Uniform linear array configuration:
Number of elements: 64
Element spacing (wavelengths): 0.5
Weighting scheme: hann
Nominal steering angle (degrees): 45
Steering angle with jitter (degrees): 46.922
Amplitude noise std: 0.05
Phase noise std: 0.05

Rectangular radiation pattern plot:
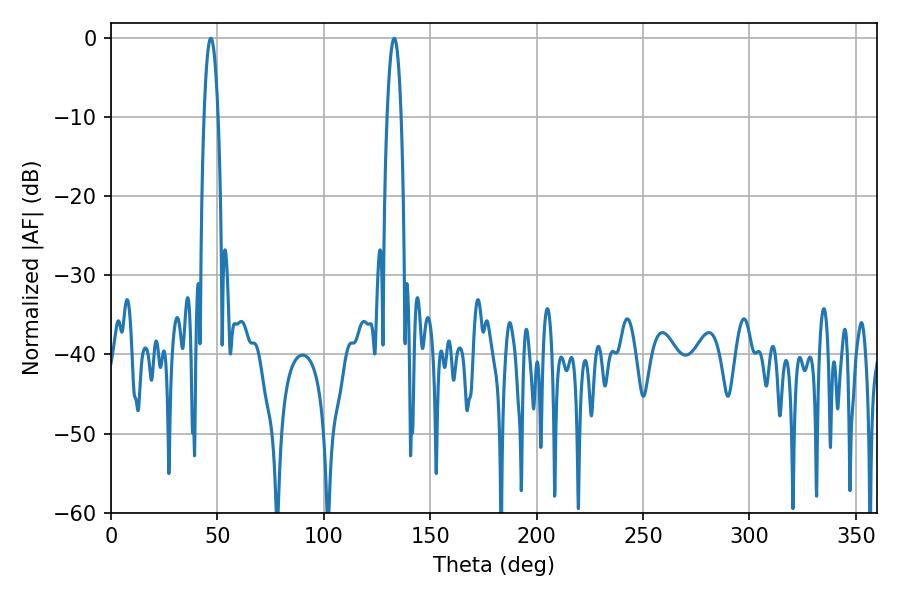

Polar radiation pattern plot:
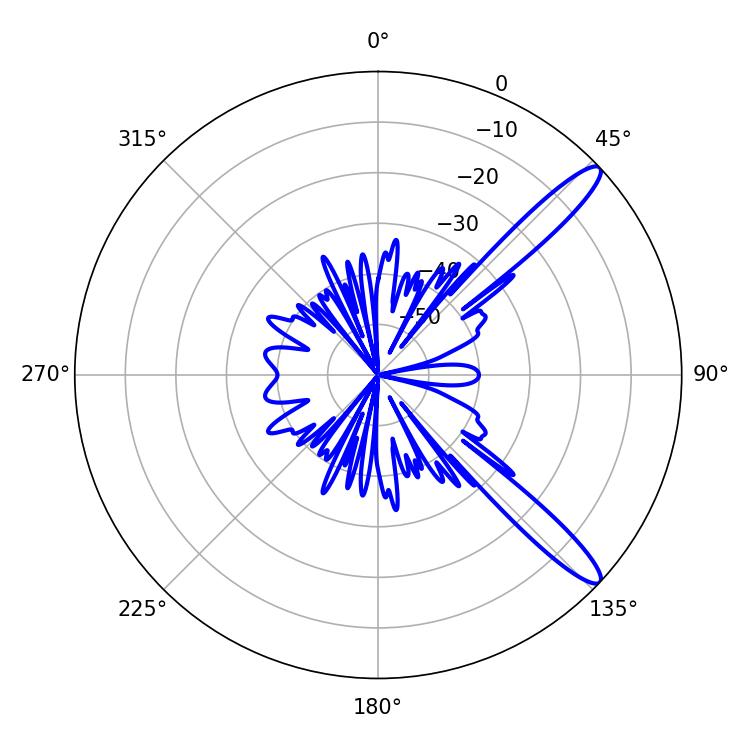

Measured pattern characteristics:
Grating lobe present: FALSE
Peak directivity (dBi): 12.957
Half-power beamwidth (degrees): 3.6
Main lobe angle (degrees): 46.98